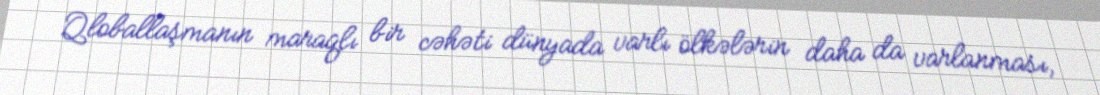
Qloballaşmanın maraqlı bir cəhəti dünyada varlı ölkələrin daha da varlanması,